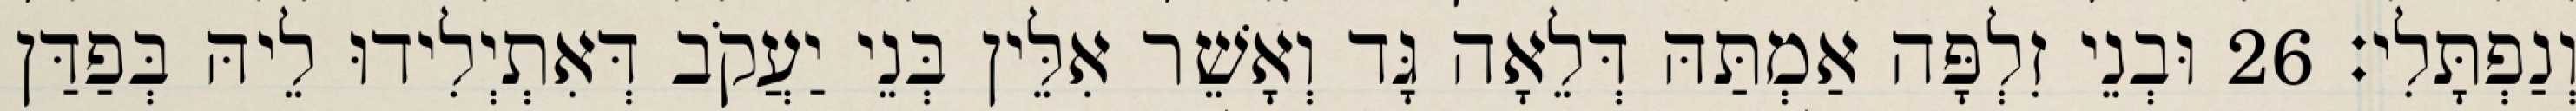
וְנַפְתָּלִי׃ 26 וּבְנֵי זִלְפָּה אַמְתַּהּ דְּלֵאָה גָּד וְאָשֵׁר אִלֵּין בְּנֵי יַעֲקֹב דְּאִתְיְלִידוּ לֵיהּ בְּפַדַּן